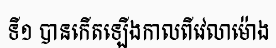
ទី១ បានកើតឡើងកាលពីវេលាម៉ោង